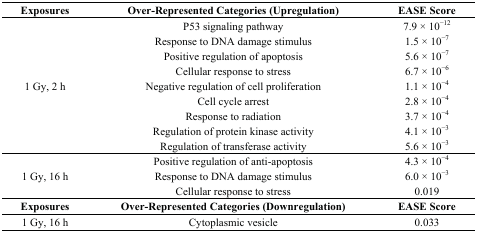
<table><thead><tr><td><b>Exposures</b></td><td><b>Over-Represented Categories (Upregulation)</b></td><td><b>EASE Score</b></td></tr></thead><tbody><tr><td rowspan="9">1 Gy, 2 h</td><td>P53 signaling pathway</td><td>7.9 × 10<sup>−12</sup></td></tr><tr><td>Response to DNA damage stimulus</td><td>1.5 × 10<sup>−7</sup></td></tr><tr><td>Positive regulation of apoptosis</td><td>5.6 × 10<sup>−7</sup></td></tr><tr><td>Cellular response to stress</td><td>6.7 × 10<sup>−6</sup></td></tr><tr><td>Negative regulation of cell proliferation</td><td>1.1 × 10<sup>−4</sup></td></tr><tr><td>Cell cycle arrest</td><td>2.8 × 10<sup>−4</sup></td></tr><tr><td>Response to radiation</td><td>3.7 × 10<sup>−4</sup></td></tr><tr><td>Regulation of protein kinase activity</td><td>4.1 × 10<sup>−3</sup></td></tr><tr><td>Regulation of transferase activity</td><td>5.6 × 10<sup>−3</sup></td></tr><tr><td rowspan="3">1 Gy, 16 h</td><td>Positive regulation of anti-apoptosis</td><td>4.3 × 10<sup>−4</sup></td></tr><tr><td>Response to DNA damage stimulus</td><td>6.0 × 10<sup>−3</sup></td></tr><tr><td>Cellular response to stress</td><td>0.019</td></tr><tr><td><b>Exposures</b></td><td><b>Over-Represented Categories (Downregulation)</b></td><td><b>EASE Score</b></td></tr><tr><td>1 Gy, 16 h</td><td>Cytoplasmic vesicle</td><td>0.033</td></tr></tbody></table>